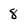
Character: 8